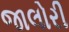
જાલોરી